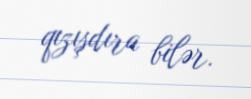
qızışdıra bilər.